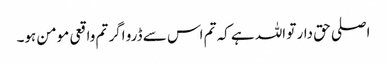
اصلی حق دار تو اللہ ہے کہ تم اس سے ڈرو اگر تم واقعی مومن ہو۔